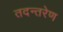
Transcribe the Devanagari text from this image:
तदन्तरेण